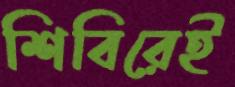
শিবিরেই